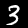
Digit: 3